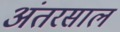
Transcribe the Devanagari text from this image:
अंतरसाल